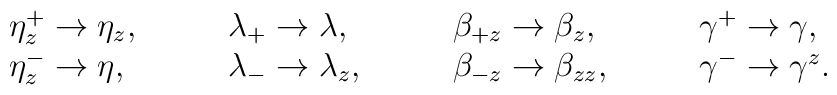
\begin{array}{llll}\eta_z^+\rightarrow\eta_z,\quad &\quad\lambda_+\rightarrow \lambda,\quad &\quad \beta_{+z}\rightarrow \beta_z,\quad &\quad\gamma^+\rightarrow \gamma,\\\eta^-_{z}\rightarrow\eta,\quad &\quad\lambda_-\rightarrow \lambda_z,\quad &\quad \beta_{-z}\rightarrow \beta_{zz},\quad &\quad\gamma^-\rightarrow \gamma^z.\end{array}